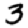
Digit: 3